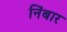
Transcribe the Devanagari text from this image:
निंबार